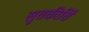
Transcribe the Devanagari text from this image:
सुतकीर्ति